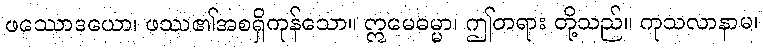
ဖဿောဒယော၊ ဖဿ၏အစရှိကုန်သော။ ဣမေဓမ္မာ၊ ဤတရား တို့သည်။ ကုသလာနာမ၊